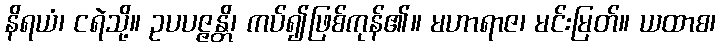
နိရယံ၊ ငရဲသို့။ ဥပပဇ္ဇန္တိ၊ ကပ်၍ဖြစ်ကုန်၏။ မဟာရာဇ၊ မင်းမြတ်။ ယထာစ၊